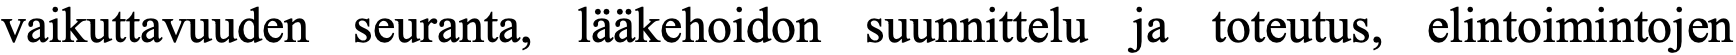
vaikuttavuuden seuranta, lääkehoidon suunnittelu ja toteutus, elintoimintojen